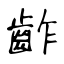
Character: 齚